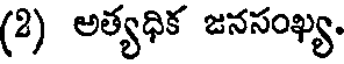
(2) అత్యధిక జనసంఖ్య.